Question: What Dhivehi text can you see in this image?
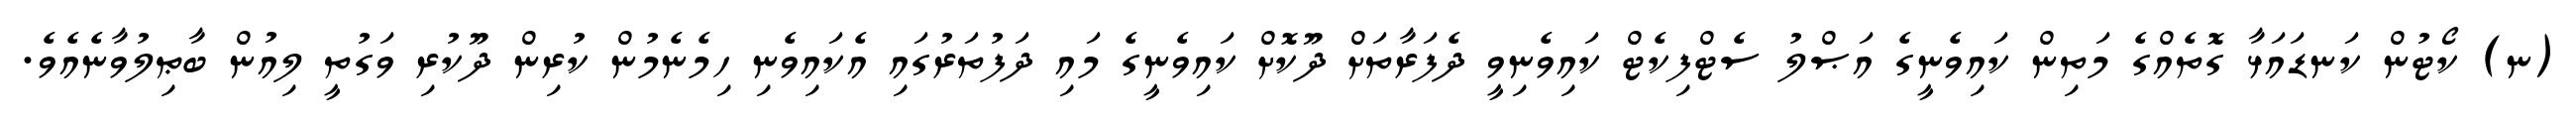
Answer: (ނ) ކޯޓުން ކަނޑައަޅާ ގޮތެއްގެ މަތިން ކައިވެނީގެ އަޞްލު ސެޓްފިކެޓް ކައިވެނިވީ ދެފަރާތަށް ދޫކޮށް ކައިވެނީގެ މައި ދަފުތަރުގައި އެކައިވެނި ހިމެނެމުން ކުރިން ދޫކުރި ވަގުތީ ލިއުން ބާޠިލުވާނެއެވެ.